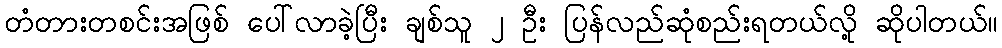
တံတားတစင်းအဖြစ် ပေါ်လာခဲ့ပြီး ချစ်သူ ၂ ဦး ပြန်လည်ဆုံစည်းရတယ်လို့ ဆိုပါတယ်။